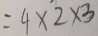
= 4 \times 2 \times 3